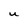
Character: U